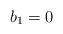
LaTeX: \begin{align*} b_1 = 0 \end{align*}